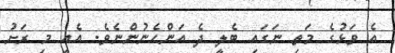
އެ ވަޅުގެ މަތި ނަގައި ބެލީ ދެ އަންހެނުންނެވެ. އެއީ މި ރަށު